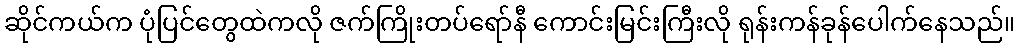
ဆိုင်ကယ်က ပုံပြင်တွေထဲကလို ဇက်ကြိုးတပ်ရော်နီ ကောင်းမြင်းကြီးလို ရုန်းကန်ခုန်ပေါက်နေသည်။